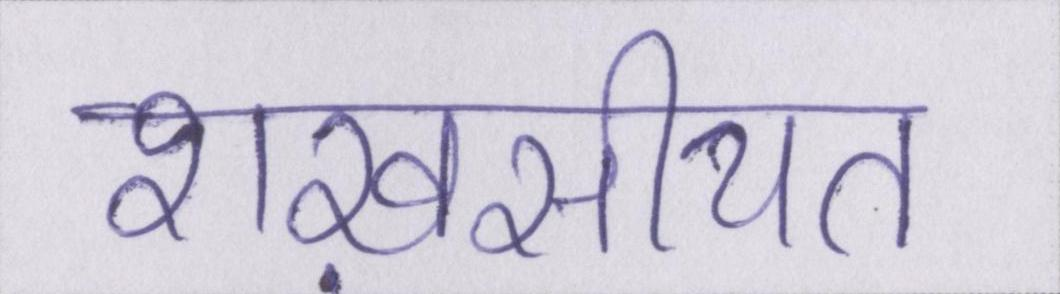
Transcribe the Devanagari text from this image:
शख़सीयत